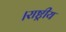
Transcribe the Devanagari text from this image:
।राष्ट्रीय